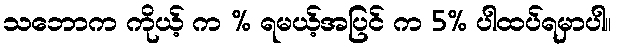
သဘောက ကိုယ့် က % ရမယ့်အပြင် က 5% ပါထပ်ရမှာပါ။